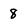
Character: 8